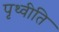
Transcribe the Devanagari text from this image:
पृथ्वीति